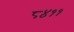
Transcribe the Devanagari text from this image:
८४११